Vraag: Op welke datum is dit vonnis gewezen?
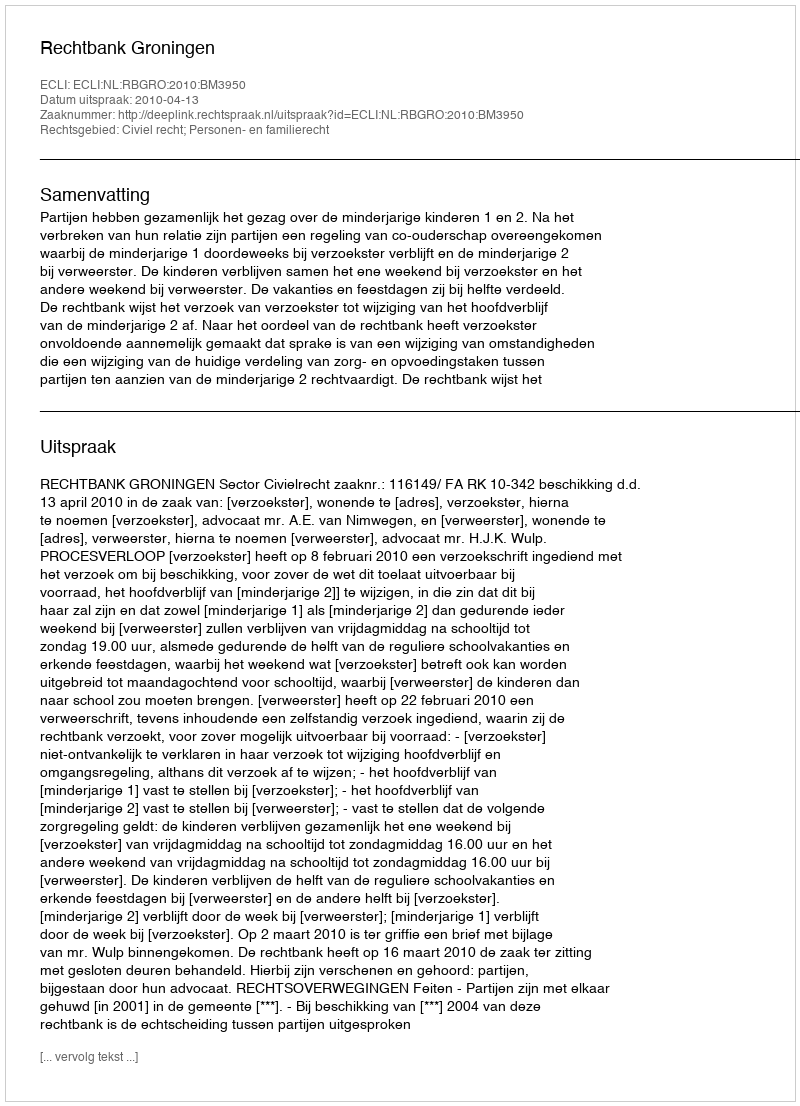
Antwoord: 2010-04-13